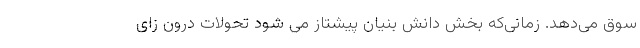
سوق می‌دهد. زمانی‌که بخش دانش بنیان پیشتاز می­ شود تحولات درون ­زای